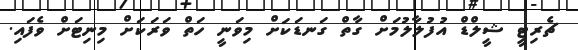
ޗެރިޓީ ޝީލްޑް އުފުލާލުމަށް ގާތް ގަނޑަކަށް މިވަނީ ހަތް ވަރަކަށް މިނިޓަށް ވެފައި.